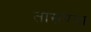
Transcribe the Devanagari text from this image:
तासण्या